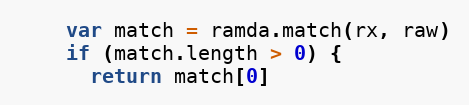
Language: JavaScript
    var match = ramda.match(rx, raw)
    if (match.length > 0) {
      return match[0]